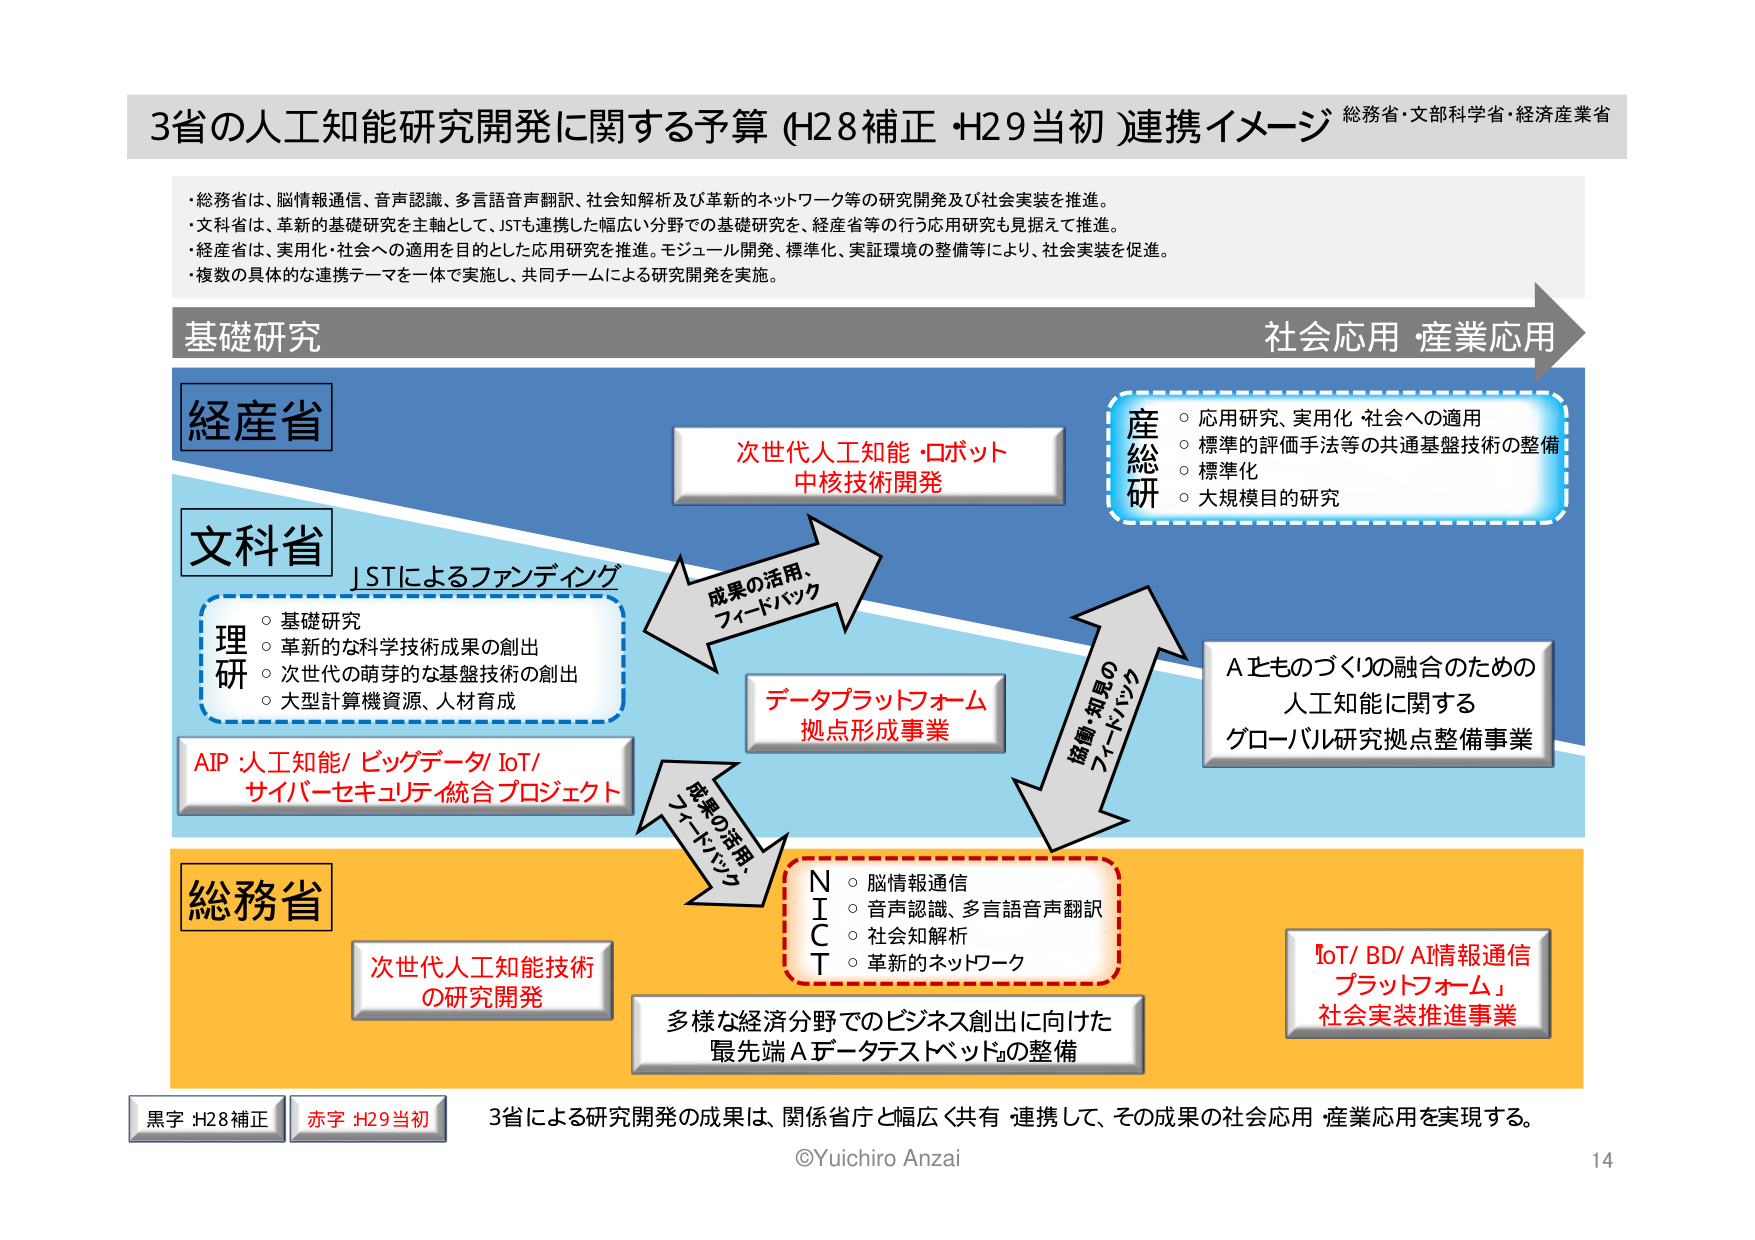
3省の人工知能研究開発に関する予算 (H28補正・H29当初) 連携イメージ 総務省・文部科学省・経済産業省

・総務省は、脳情報通信、音声認識、多言語音声翻訳、社会知解析及び革新的ネットワーク等の研究開発及び社会実装を推進。
・文科省は、革新的基礎研究を主軸として、JSTも連携した幅広い分野での基礎研究を、経産省等の行う応用研究も見据えて推進。
・経産省は、実用化・社会への適用を目的とした応用研究を推進。モジュール開発、標準化、実証環境の整備等により、社会実装を促進。
・複数の具体的な連携テーマを一体で実施し、共同チームによる研究開発を実施。

基礎研究 → 社会応用・産業応用

経産省
次世代人工知能・ロボット
中核技術開発

産総研
○ 応用研究、実用化 社会への適用
○ 標準的評価手法等の共通基盤技術の整備
○ 標準化
○ 大規模目的研究

文科省
JSTによるファンディング
理研
○ 基礎研究
○ 革新的な科学技術成果の創出
○ 次世代の萌芽的な基盤技術の創出
○ 大型計算機資源、人材育成

AIP・人工知能/ビッグデータ/ IoT/
サイバーセキュリティ統合プロジェクト

データプラットフォーム
拠点形成事業

Aとものづくりの融合のための
人工知能に関する
グローバル研究拠点整備事業

成果の活用、
フィードバック

総務省
次世代人工知能技術
の研究開発

NICT
○ 脳情報通信
○ 音声認識、多言語音声翻訳
○ 社会知解析
○ 革新的ネットワーク

多様な経済分野でのビジネス創出に向けた
最先端Aデータテストベッドの整備

IoT/ BD/ AI情報通信
プラットフォーム
社会実装推進事業

黒字 H28補正
赤字 H29当初
3省による研究開発の成果は、関係省庁と幅広く共有・連携して、その成果の社会応用・産業応用を実現する。

©Yuichiro Anzai
14